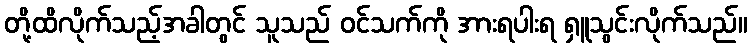
တို့ထိလိုက်သည့်အခါတွင် သူသည် ဝင်သက်ကို အားရပါးရ ရှူသွင်းလိုက်သည်။